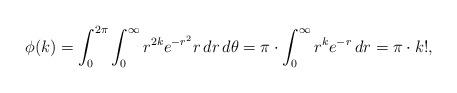
LaTeX: \begin{align*} \phi(k) = \int_{0}^{2 \pi} \int_{0}^{\infty} r^{2k} e^{-r^2} r \, dr \, d \theta = \pi \cdot \int_{0}^{\infty} r^k e^{-r} \, dr = \pi \cdot k!,\end{align*}